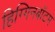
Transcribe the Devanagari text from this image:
हिग्गिनबॉटम